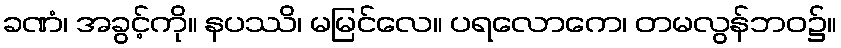
ခဏံ၊ အခွင့်ကို။ နပဿိ၊ မမြင်လေ။ ပရလောကေ၊ တမလွန်ဘဝ၌။